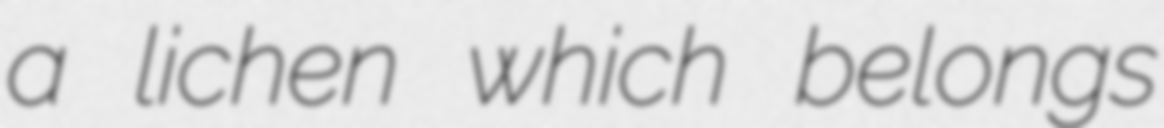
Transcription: a lichen which belongs